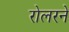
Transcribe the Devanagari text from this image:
रोलरने